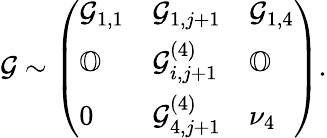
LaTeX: \mathcal{G}\sim\left(\begin{array}{lll}{\mathcal{G}_{1,1}}&{\mathcal{G}_{1,j+1}}&{\mathcal{G}_{1,4}}\\ {\mathbb{O}}&{\mathcal{G}_{i,j+1}^{(4)}}&{\mathbb{O}}\\ {0}&{\mathcal{G}_{4,j+1}^{(4)}}&{\nu_{4}}\end{array}\right).